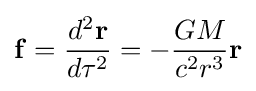
\mathbf {f} ={d^{2}\mathbf {r}  \over d\tau ^{2}}=-{GM \over {c^{2}r^{3}}}\mathbf {r}